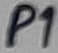
Text: P1